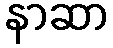
နာဆာ